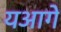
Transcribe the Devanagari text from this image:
यआगे